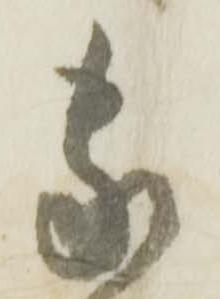
家